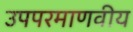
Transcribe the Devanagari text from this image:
उपपरमाणवीय